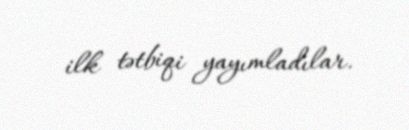
ilk tətbiqi yayımladılar.